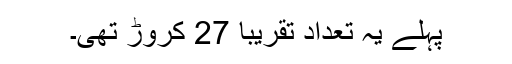
پہلے یہ تعداد تقریباً 27 کروڑ تھی۔